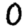
Digit: 0